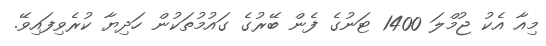
މިއާ އެކު ޖުމްލަ 1400 ޓަނުގެ ފެން ބޭރުގެ ގައުމުތަކުން ހަދިޔާ ކުރެވިފައިވޭ.